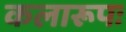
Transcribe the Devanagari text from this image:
कलारूपः